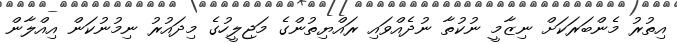
އިތުރު މެންބަރަކަށް ނިޒާމީ ނުކުތާ ނުދެއްވައި ރައްޔިތުންގެ މަޖިލީހުގެ މިދައުރު ނިމުނުކަން އިއްލާން